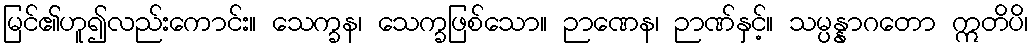
မြင်၏ဟူ၍လည်းကောင်း။ သေက္ခန၊ သေက္ခဖြစ်သော။ ဉာဏေန၊ ဉာဏ်နှင့်။ သမ္ပန္နာဂတော ဣတိပိ၊